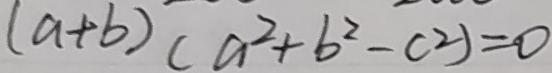
( a + b ) ( a ^ { 2 } + b ^ { 2 } - c ^ { 2 } ) = 0